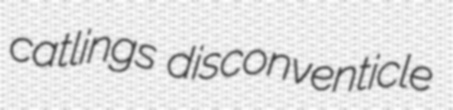
catlings disconventicle